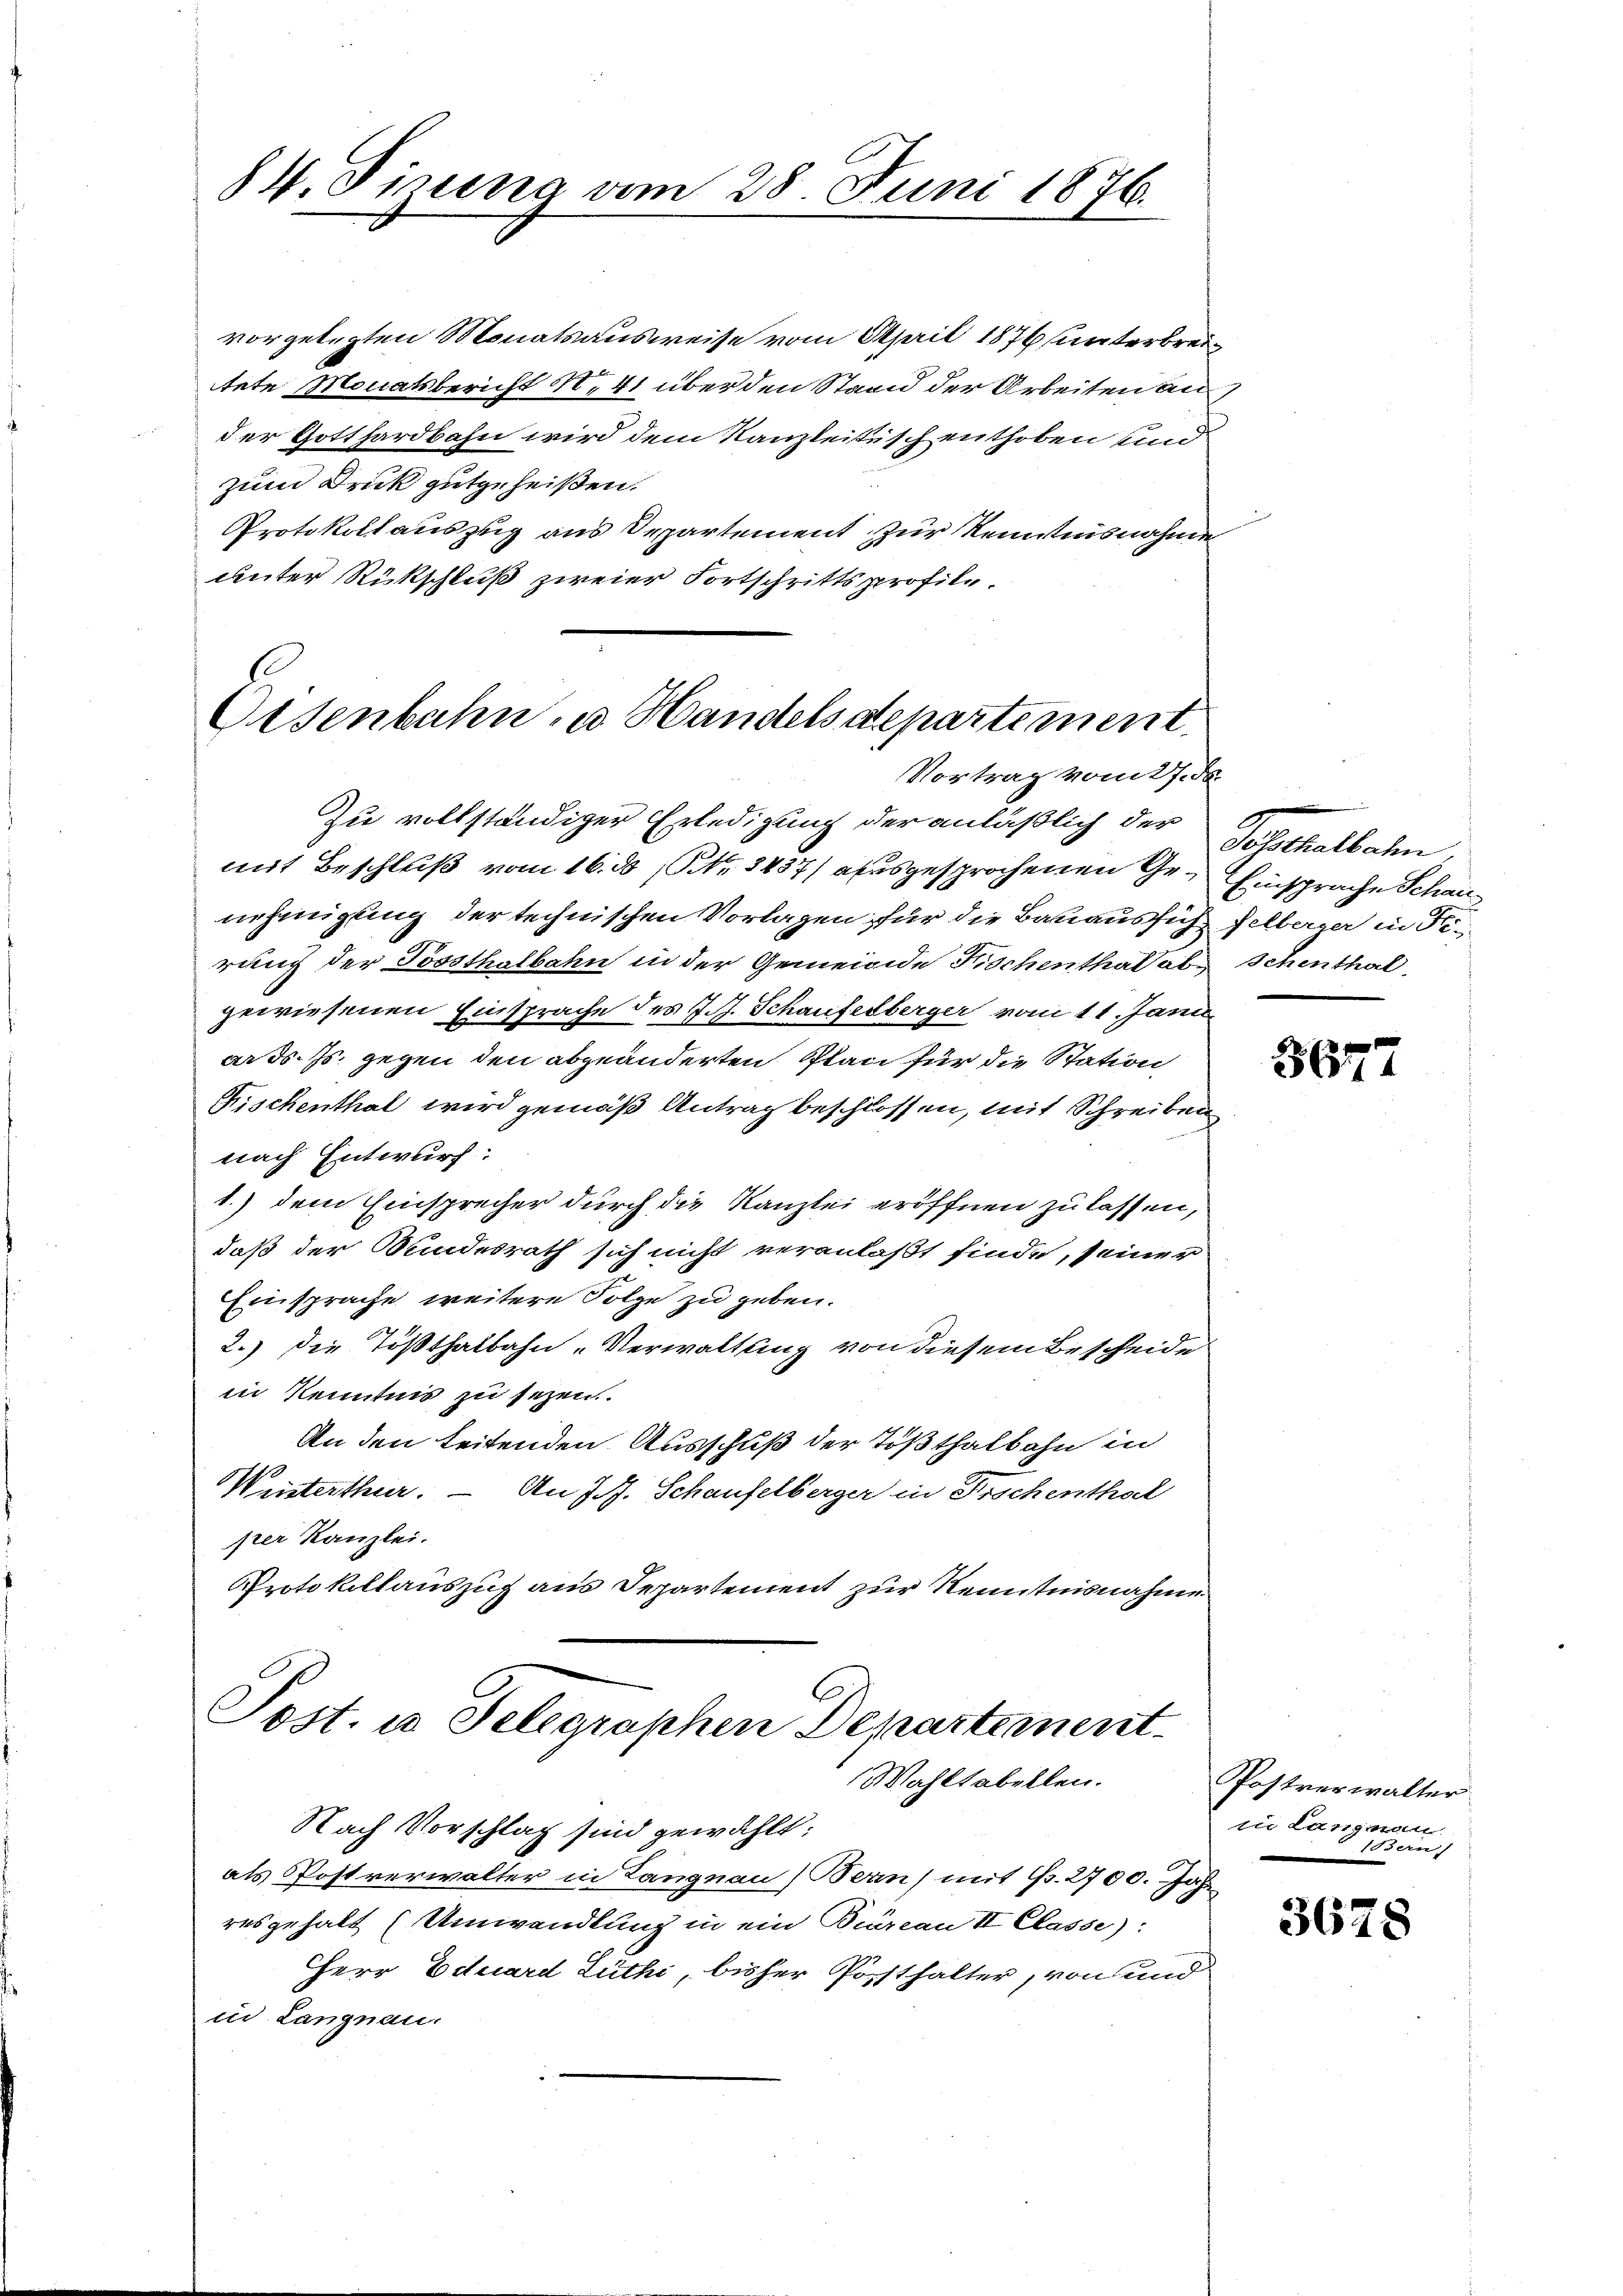
84. Sizung vom 28. Juni 1876.

vorgelegten Monatsausweise vom April 1876 unterbreitete Monatsbericht N. 41 über den Stand der Arbeiten an,
der Gotthardbahn wird dem Kanzleitisch enthoben und
zum Druck gutgeheißen.
Protokollauszug aus Departement zur Kenntnisnahme
unter Rückschluß zweier Fortschrittsprofile.

Eisenbahn, u. Handelsdepartement.
Vortrag vom 27. de

Post. in Telegraphen Departement
Wahltabellen.

Zu vollständiger Erledigung der anläßlich der Posthalbahn,
mit Beschluß vom 16. ds Nr. 1437) ausgesprochenen Ge- Einsprache Schaunehmigung der technischen Vorlagen für die Bauaussich selberger in Firung der Posthalbahn in der Gemeinde Fischenthal ab Schenthal
gewiesenen Einsprache des J. J. Schaufelberger vom 11. Janu
ar d. Js. gegen den abzuänderten Plan für die Station
Fischenthal wird gemäß Antrag beschlossen, mit Schreiben
nach Entwurf:
1.) dem Einsprecher durch die Kanzlei eröffnen zu lassen,
daß der Bundesrath sich nicht veranlaßt finde, seiner
Einsprache weitere Folge zu geben.
2.) Die Tößthalbahn „Verwaltung von diesem Bescheide
in Kenntnis zu sezen.
An den leitenden Ausschuß der Tößthalbahn in
Winterthur. — An J. J. Schaufelberger in Fischenthal
prer Kanzlei.
Protokollauszug aus Departement zur Kenntnisnahme

Nach Vorschlag sind gewählt:
als Postverwalter in Langnau (Bern) mit 1. 2700. Jahr
resgehalt (Umwandlung in ein Bureau II Classe):
Herr Eduard Luthi, bisher Posthalter, von und
in Langnau.

567

Postverwalter
zu Langman
1Bern)

3678